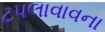
ટપલાવાવના